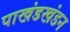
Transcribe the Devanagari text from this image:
पाखंडखंडन